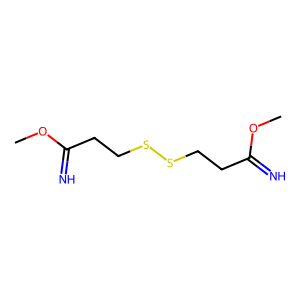
SMILES: COC(=N)CCSSCCC(=N)OC
Inhibits HIV replication: No